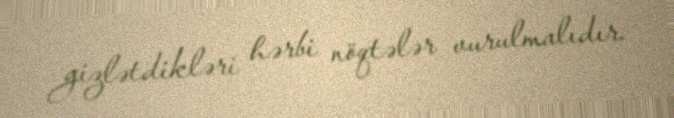
gizlətdikləri hərbi nöqtələr vurulmalıdır.